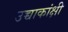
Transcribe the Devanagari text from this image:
उच्चाकांक्षी